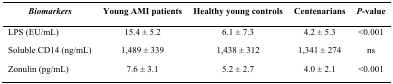
<table><thead><tr><td><b><i>Biomarkers</i></b></td><td><b>Young AMI patients</b></td><td><b>Healthy young controls</b></td><td><b>Centenarians</b></td><td><b><i>P</i>-value</b></td></tr></thead><tbody><tr><td>LPS (EU/mL)</td><td>15.4 ± 5.2</td><td>6.1 ± 7.3</td><td>4.2 ± 5.3</td><td>&lt;0.001</td></tr><tr><td>Soluble CD14 (ng/mL)</td><td>1,489 ± 339</td><td>1,438 ± 312</td><td>1,341 ± 274</td><td>ns</td></tr><tr><td>Zonulin (pg/mL)</td><td>7.6 ± 3.1</td><td>5.2 ± 2.7</td><td>4.0 ± 2.1</td><td>&lt;0.001</td></tr></tbody></table>